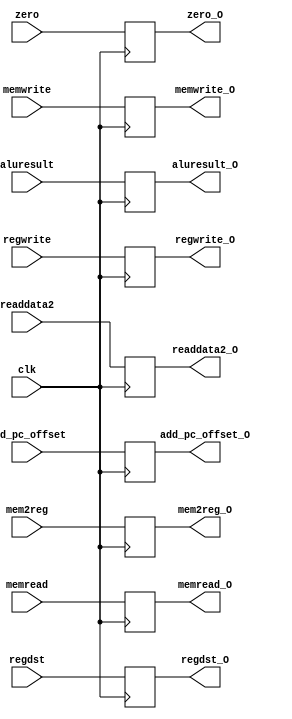
`timescale 1ns / 1ps
//////////////////////////////////////////////////////////////////////////////////
// Company: 
// Engineer: 
// 
// Design Name: 
// Module Name:    EXMEM_Register 
// Project Name: 
// Target Devices: 
// Tool versions: 
// Description: 
//
// Dependencies: 
//
// Revision: 
// Revision 0.01 - File Created
// Additional Comments: 
//
//////////////////////////////////////////////////////////////////////////////////
module EXMEM_Register(
	input clk,
	input mem2reg,
	input regwrite,
	//input branch,
	input memwrite,
	input memread,
	
	input zero,
	input [4:0] regdst,
	input [31:0] readdata2,
	input [31:0] aluresult,
	input [31:0] add_pc_offset,
	
	output reg mem2reg_O,
	output reg regwrite_O,
	//output reg branch_O,
	output reg memwrite_O,
	output reg memread_O,
	
	output reg zero_O,
	output reg [4:0] regdst_O,
	output reg [31:0] readdata2_O,
	output reg [31:0] aluresult_O,
	output reg [31:0] add_pc_offset_O
);

always @(posedge clk)
begin	 
	mem2reg_O <= mem2reg;
	regwrite_O <= regwrite;
	//branch_O <= branch;
	memwrite_O <= memwrite;
	memread_O <= memread;
	
	zero_O <= zero;
	regdst_O <= regdst;
	readdata2_O <= readdata2;
	aluresult_O <= aluresult;
	add_pc_offset_O <= add_pc_offset;
end
endmodule